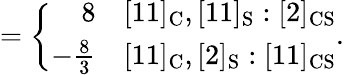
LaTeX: =\left\{ \begin{array}{rr}{{8}}&{{[11]_{\mathrm{C}},[11]_{\mathrm{S}}:[2]_{\mathrm{CS}}}}\\ {{-{\frac{8}{3}}}}&{{[11]_{\mathrm{C}},[2]_{\mathrm{S}}:[11]_{\mathrm{CS}}}}\end{array}\right..